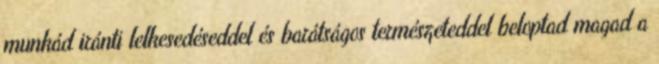
munkád iránti lelkesedéseddel és barátságos természeteddel beloptad magad a